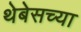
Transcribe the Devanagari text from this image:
थेबेसच्या